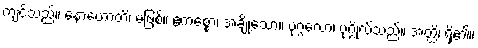
ကျင့်သည်။ နောဟောတိ၊ မဖြစ်။ ဧကစ္စော၊ အချို့သော။ ပုဂ္ဂလော၊ ပုဂ္ဂိုလ်သည်။ အတ္ထိ၊ ရှိ၏။